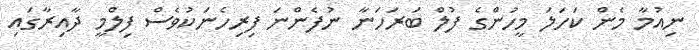
ނިއުމާ މެން ކަހަލަ މީހުންގެ ފުލް ބަރަހަނާ ނުފެންނަ ފިރިހެނަކުވެސް ފިލްމީ ދާއިރާގައި